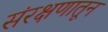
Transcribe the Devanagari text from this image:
संरक्षणातून